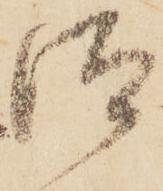
汰